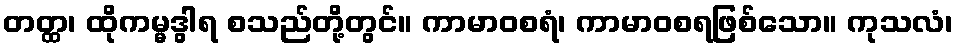
တတ္ထ၊ ထိုကမ္မဒွါရ စသည်တို့တွင်။ ကာမာဝစရံ၊ ကာမာဝစရဖြစ်သော။ ကုသလံ၊